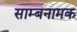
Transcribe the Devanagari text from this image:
साम्बनामक